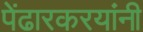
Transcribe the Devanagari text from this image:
पेंढारकरयांनी